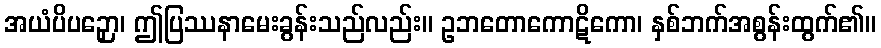
အယံပိပဉှော၊ ဤပြဿနာမေးခွန်းသည်လည်း။ ဥဘတောကောဋိကော၊ နှစ်ဘက်အစွန်းထွက်၏။